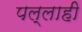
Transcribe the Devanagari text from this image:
पल्लाही